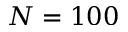
N = 1 0 0